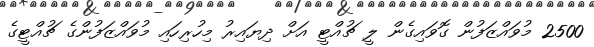
2500 މުވައްޒަފުން ގޮވައިގެން ލީ ޗުއްޓީ އަށް ދިޔައިރު މިހުރިހައި މުވައްޒަފުންގެ ޗުއްޓީގެ